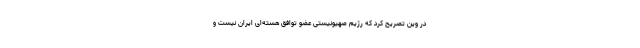
در وین تصریح کرد که رژیم صهیونیستی عضو توافق هسته‌ای ایران نیست و